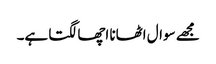
مجھے سوال اٹھانا اچھا لگتا ہے۔